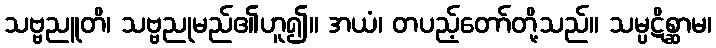
သဗ္ဗညူတိ၊ သဗ္ဗညုမည်၏ဟူ၍။ အယံ၊ တပည့်တော်တို့သည်။ သမ္ပဋိစ္ဆာမ၊